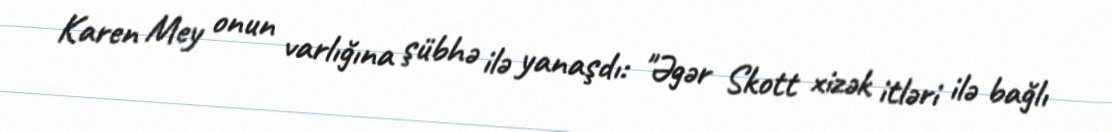
Karen Mey onun varlığına şübhə ilə yanaşdı: "Əgər Skott xizək itləri ilə bağlı